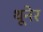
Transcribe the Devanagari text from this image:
थूनेर